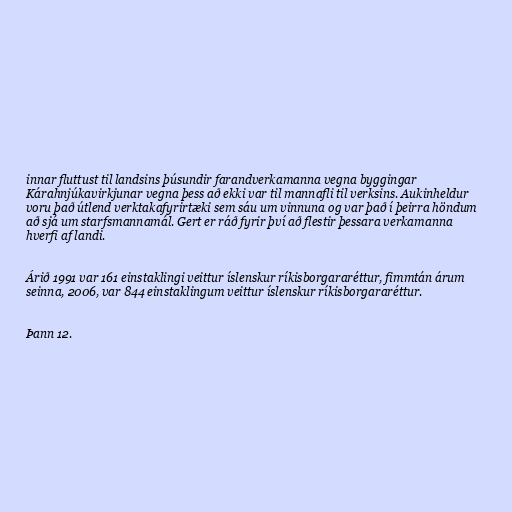
innar fluttust til landsins þúsundir farandverkamanna vegna byggingar
Kárahnjúkavirkjunar vegna þess að ekki var til mannafli til verksins. Aukinheldur
voru það útlend verktakafyrirtæki sem sáu um vinnuna og var það í þeirra höndum
að sjá um starfsmannamál. Gert er ráð fyrir því að flestir þessara verkamanna
hverfi af landi.

Árið 1991 var 161 einstaklingi veittur íslenskur ríkisborgararéttur, fimmtán árum
seinna, 2006, var 844 einstaklingum veittur íslenskur ríkisborgararéttur.

Þann 12.